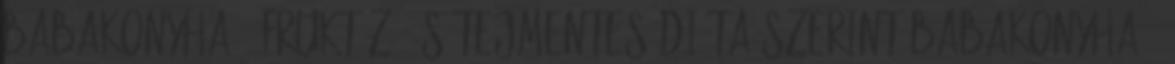
Babakonyha - fruktóz- és tejmentes diéta szerint Babakonyha -